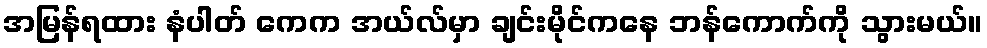
အမြန်ရထား နံပါတ် ကေက အယ်လ်မှာ ချင်းမိုင်ကနေ ဘန်ကောက်ကို သွားမယ်။